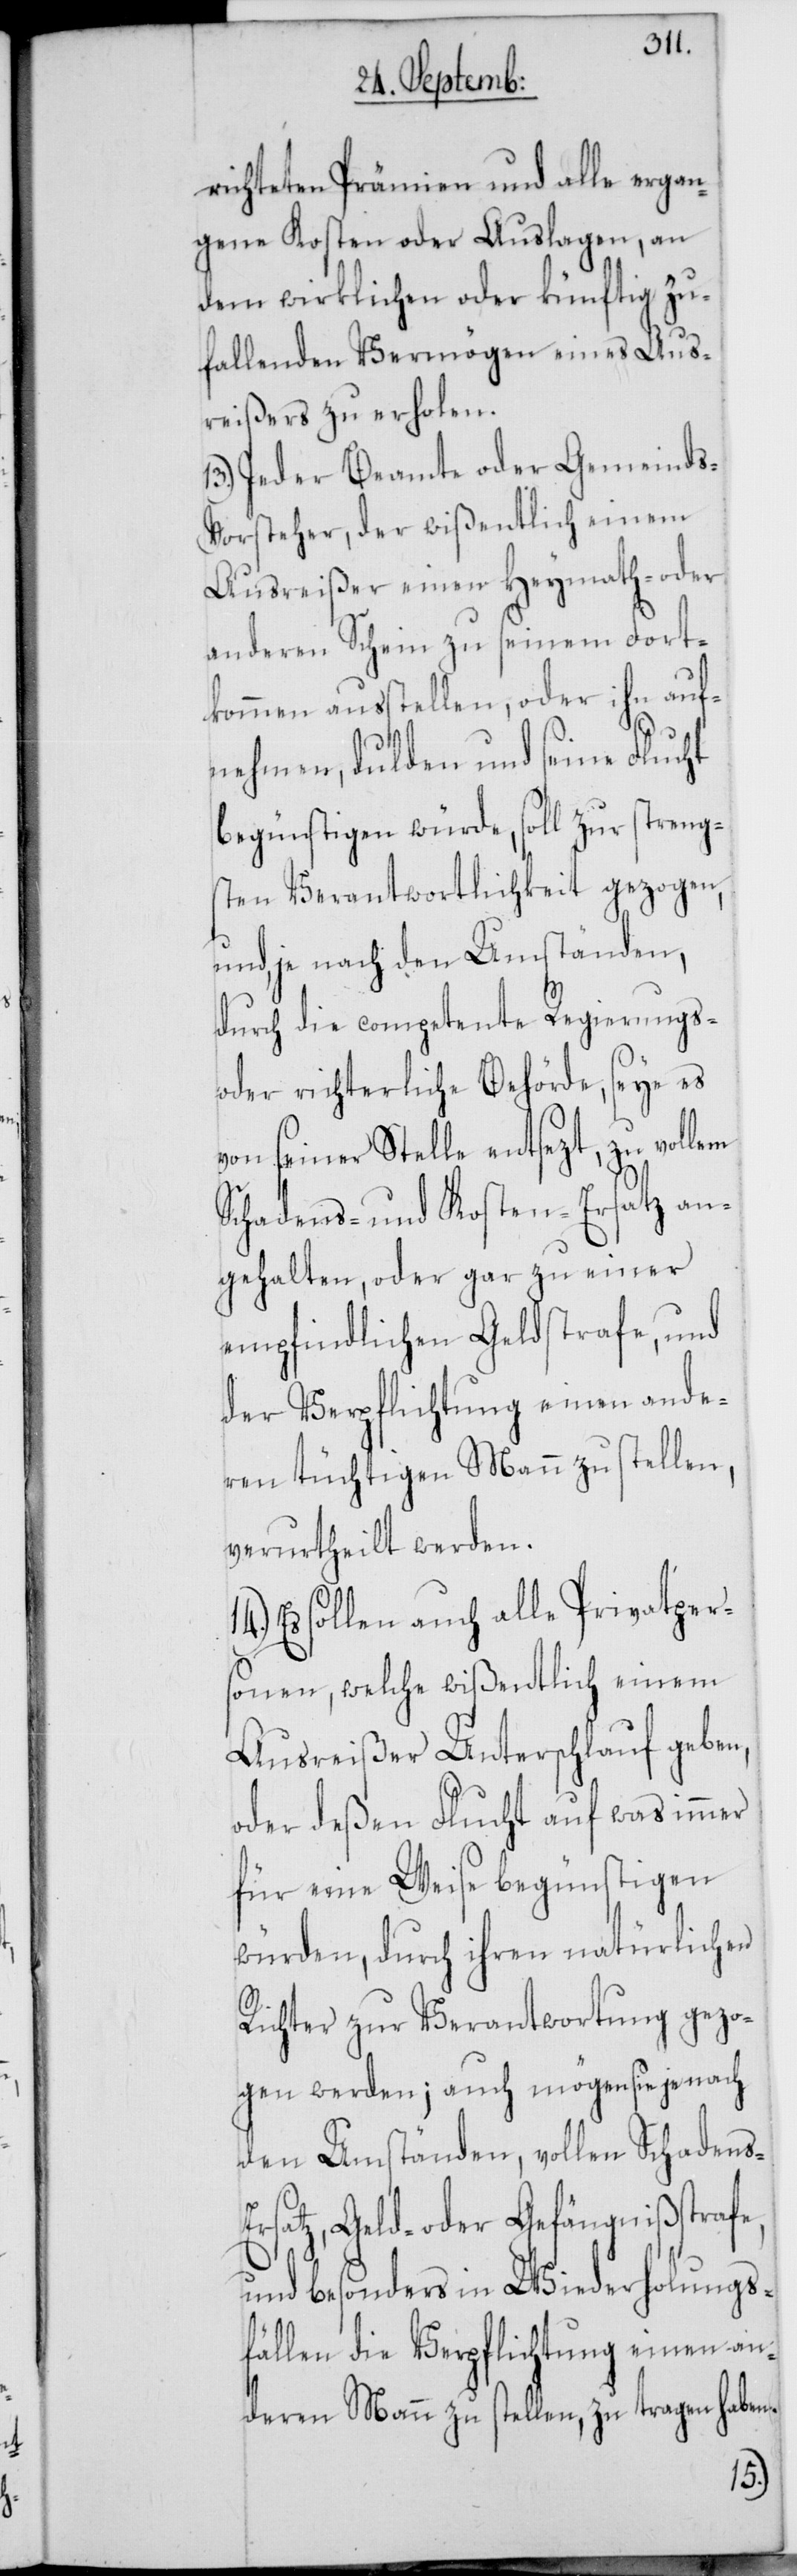
richteten Prämien und alle ergan¬
gene Kosten oder Auslagen, an
dem wirklichen oder künftig zu¬
fallenden Vermögen eines Aus¬
reißers zu erholen.
13.) Jeder Beamte oder Gemeinds¬
vorsteher, der wißentlich einem
Ausreißer einen Heymath- oder
anderen Schein zu seinem Fort¬
kommen ausstellen, oder ihn auf¬
nehmen, dulden und seine Flucht
begünstigen würde, soll zur streng¬
sten Verantwortlichkeit gezogen,
und, je nach den Umständen,
durch die competente Regierungs-
oder richterliche Behörde, seye es
von seiner Stelle entsezt, zu vollem
Schadens- und Kosten-Ersatz an¬
gehalten, oder gar zu einer
empfindlichen Geldstrafe, und
der Verpflichtung einen ande¬
ren tüchtigen Mann zu stellen,
verurtheilt werden.
Es sollen auch alle Privatpers¬
onen, welche wißentlich einem
Ausreißer Unterschlauf geben,
oder deßen Flucht auf was immer
für eine Weise begünstigen
würden, durch ihren natürlichen
Richter zur Verantwortung gezo¬
gen werden; auch mögen sie je nach
den Umständen, vollen Schadens-E¬
rsatz, Geld- oder Gefängnißtrafe,
und besonders in Wiederholungs¬
fällen die Verpflichtung einen an¬
deren Mann zu stellen, zu tragen habe¬
n.